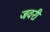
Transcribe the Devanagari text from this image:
जवरी